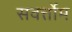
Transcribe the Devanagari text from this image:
सवर्त्तोम